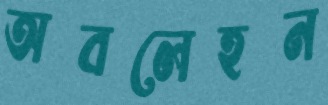
অবলেহন